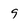
Character: 9